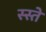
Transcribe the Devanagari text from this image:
स्स्ते